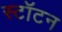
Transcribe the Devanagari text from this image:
स्टॉटन